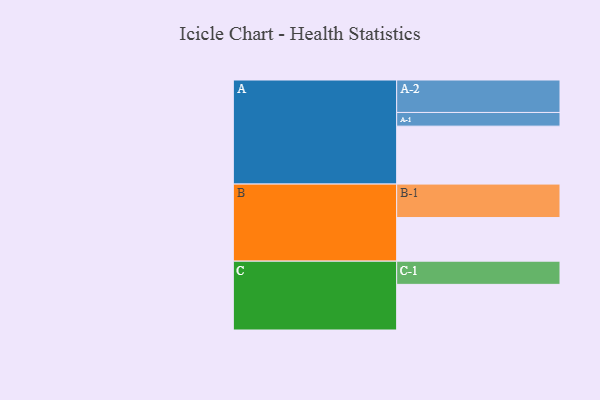
{"axis": {"x": "Segment", "y": "Value"}, "legend": ["", "A", "B", "C"], "data": [{"x": "A", "y": 457, "type": ""}, {"x": "B", "y": 344, "type": ""}, {"x": "C", "y": 360, "type": ""}, {"x": "A-1", "y": 108, "type": "A"}, {"x": "A-2", "y": 256, "type": "A"}, {"x": "B-1", "y": 264, "type": "B"}, {"x": "C-1", "y": 183, "type": "C"}]}